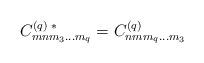
LaTeX: \begin{align*}C^{(q) \;*}_{mnm_{3} \ldots m_{q}} = C^{(q)}_{nmm_{q} \ldots m_{3}} \end{align*}